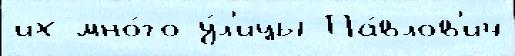
их мно́го у́л'ицы Па́влов'ич